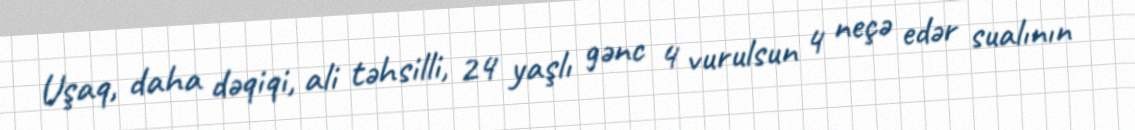
Uşaq, daha dəqiqi, ali təhsilli, 24 yaşlı gənc 4 vurulsun 4 neçə edər sualının